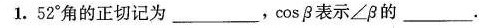
1.52^{0}角的正切记为_____，\cosβ表示∠β的__。